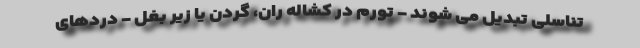
تناسلی تبدیل می شوند - تورم در کشاله ران، گردن یا زیر بغل - دردهای